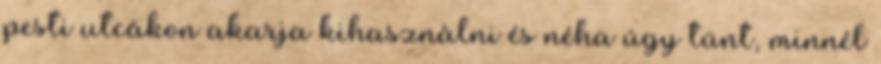
pesti utcákon akarja kihasználni és néha úgy tünt, minnél